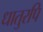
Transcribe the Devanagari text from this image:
धातुरपि